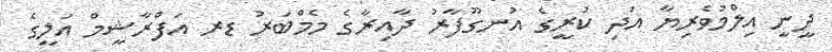
ދީނީ އިލްމުވެރިޔާ އަދި ކުރީގެ އުނގޫފާރު ދާއިރާގެ މެމްބަރު ޑރ އަފްރާޝީމް އަލީގެ